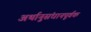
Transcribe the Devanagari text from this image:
अर्थानुसंधानपूर्वक